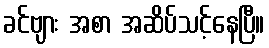
ခင်ဗျား အစာ အဆိပ်သင့်နေပြီ။